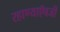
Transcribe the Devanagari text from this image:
रहाण्याऍवजी